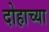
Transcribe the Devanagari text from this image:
दोहाच्या